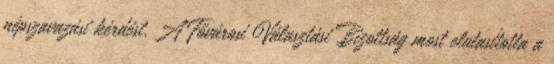
népszavazási kérdést. A Fővárosi Választási Bizottság most elutasította a